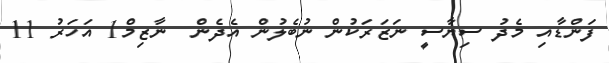
ފަންޑާއި މެދު ސިޔާސީ ނަޒަރަކުން ނުބެލުން އެދެން  ނާޒިމް1 އަހަރު 11